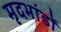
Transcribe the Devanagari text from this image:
मृदभांडों